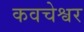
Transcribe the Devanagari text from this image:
कवचेश्वर